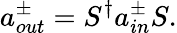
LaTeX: a_{out}^{\pm}=S^{\dagger}a_{in}^{\pm}S.